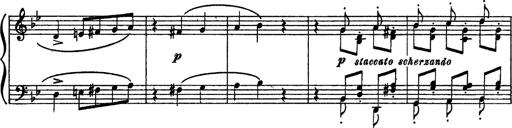
Title: Sarabande und Chaconne aus dem Singspiel
Composer: Franz Liszt